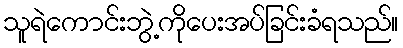
သူရဲကောင်းဘွဲ့ကိုပေးအပ်ခြင်းခံရသည်။